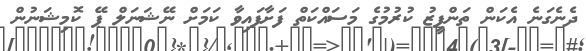
ދެނެގަނެ އެކަން ތަންފީޒު ކުރުމުގެ މަސައްކަތް ފަށާފައިވާ ކަމަށް ނޭޝަނަލް ޕޭ ކޮމިޝަނުން